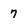
Character: 7